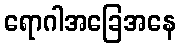
ရောဂါအခြေအနေ